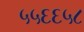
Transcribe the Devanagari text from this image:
५५६६५८